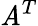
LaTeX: \mathit{A}^{T}